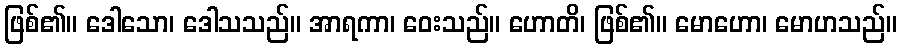
ဖြစ်၏။ ဒေါသော၊ ဒေါသသည်။ အာရကာ၊ ဝေးသည်။ ဟောတိ၊ ဖြစ်၏။ မောဟော၊ မောဟသည်။